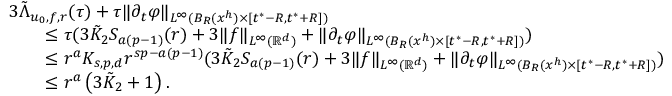
\begin{array} { r l } & { 3 \tilde { \Lambda } _ { u _ { 0 } , f , r } ( \tau ) + \tau \| \partial _ { t } \varphi \| _ { L ^ { \infty } ( B _ { R } ( x ^ { h } ) \times [ t ^ { * } - R , t ^ { * } + R ] ) } } \\ & { \qquad \leq \tau ( 3 \tilde { K } _ { 2 } S _ { a ( p - 1 ) } ( r ) + 3 \| f \| _ { L ^ { \infty } ( \ensuremath { \mathbb { R } } ^ { d } ) } + \| \partial _ { t } \varphi \| _ { L ^ { \infty } ( B _ { R } ( x ^ { h } ) \times [ t ^ { * } - R , t ^ { * } + R ] ) } ) } \\ & { \qquad \leq r ^ { a } K _ { s , p , d } r ^ { s p - a ( p - 1 ) } ( 3 \tilde { K } _ { 2 } S _ { a ( p - 1 ) } ( r ) + 3 \| f \| _ { L ^ { \infty } ( \ensuremath { \mathbb { R } } ^ { d } ) } + \| \partial _ { t } \varphi \| _ { L ^ { \infty } ( B _ { R } ( x ^ { h } ) \times [ t ^ { * } - R , t ^ { * } + R ] ) } ) } \\ & { \qquad \leq r ^ { a } \left( { 3 \tilde { K } _ { 2 } + 1 } \right) . } \end{array}